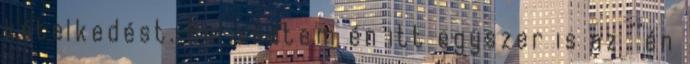
kételkedést. Hol védtem én itt egyszer is az ""én